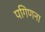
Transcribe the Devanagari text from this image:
पगिणना